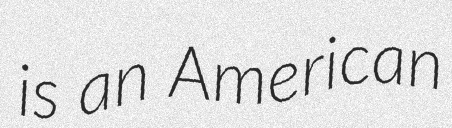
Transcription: is an American